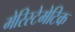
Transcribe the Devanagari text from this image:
मेरिस्टेमेटिक